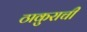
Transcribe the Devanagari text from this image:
ठाकुराची